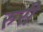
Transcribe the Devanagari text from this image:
रुरी